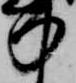
中